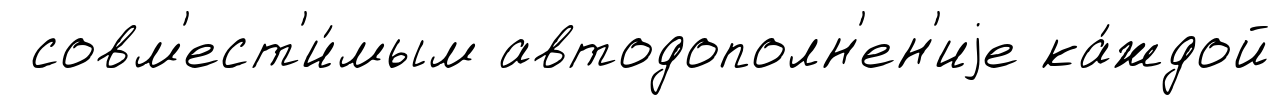
совм'ест'и́мым автодополн'ен'иjе ка́ждой